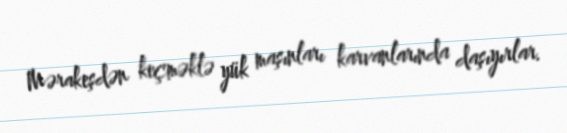
Mərakeşdən keçməklə yük maşınları karvanlarında daşıyırlar.